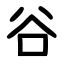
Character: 谷